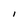
Character: l